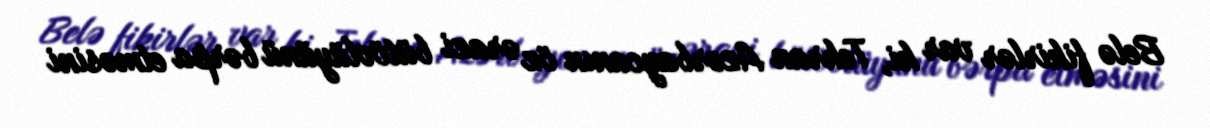
Belə fikirlər var ki, Tehran Azərbaycanın öz ərazi bütövlüyünü bərpa etməsini